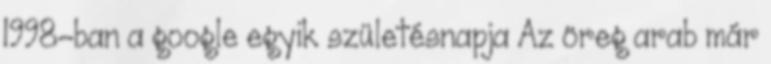
1998-ban a google egyik születésnapja Az öreg arab már